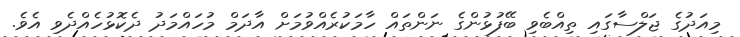
މިއަދުގެ ޖަލްސާގައި ތިއްބެވި ބޭފުޅުންގެ ނަންތައް ހާމަކުރެއްވުމަށް އާދަމް މުހައްމަދު ދެކޮޅުހެއްދެވި އެވެ.